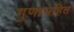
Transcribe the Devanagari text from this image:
गुणासहित